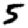
Digit: 5